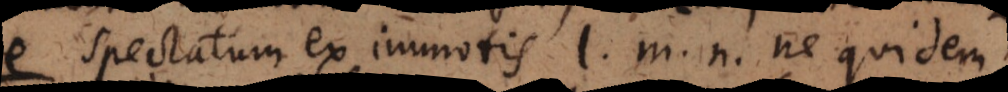
e spectatum ex immotis l, m, n ne quidem